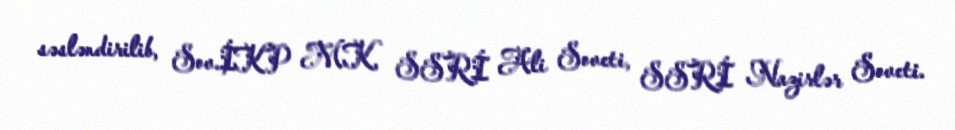
səsləndirilib, Sov.İKP MK, SSRİ Ali Soveti, SSRİ Nazirlər Soveti.